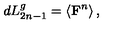
d L _ { 2 n - 1 } ^ { g } = \left\langle \mathrm { { \bf F } } ^ { n } \right\rangle ,